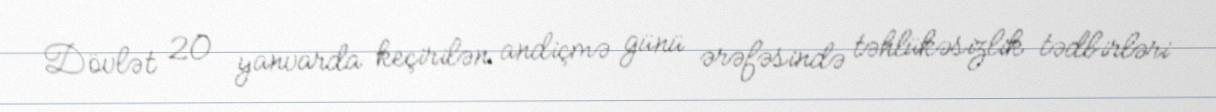
Dövlət 20 yanvarda keçirilən andiçmə günü ərəfəsində təhlükəsizlik tədbirləri